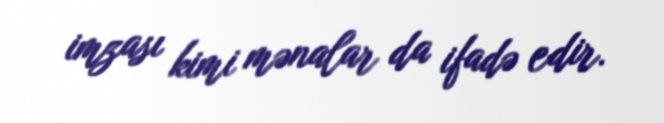
imzası kimi mənalar da ifadə edir.